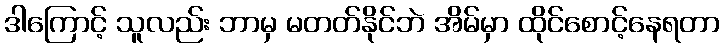
ဒါကြောင့် သူလည်း ဘာမှ မတတ်နိုင်ဘဲ အိမ်မှာ ထိုင်စောင့်နေရတာ